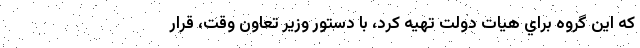
كه اين گروه براي هيات دولت تهيه كرد، با دستور وزير تعاون وقت، قرار